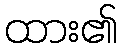
ထား၏